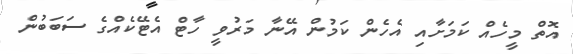
އޮތް މީހެއް ކަމަށާއި އެހެން ކަމުން އޭނާ މަރުވީ ހާޓް އެޓޭކެއްގެ ސަބަބުން